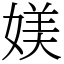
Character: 媄